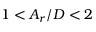
1 < A _ { r } / D < 2